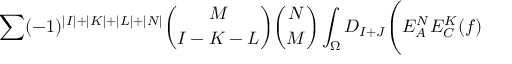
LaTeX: \sum ( - 1 ) ^ { \vert I \vert + \vert K \vert + \vert L \vert + \vert N \vert } { \binom { M } { I - K - L } } { \binom { N } { M } } \int _ { \Omega } D _ { I + J } \Biggl ( E _ { A } ^ { N } E _ { C } ^ { K } ( f )